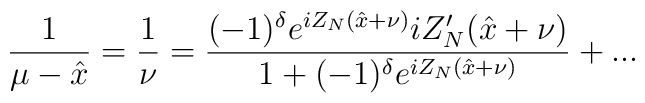
\displaystyle\frac{1}{\mu -\hat{x}}=\displaystyle\frac{1}{\nu }=\displaystyle\frac{(-1)^{\delta }e^{iZ_{N}(\hat{x}+\nu )}iZ_{N}'(\hat{x}+\nu )}{1+(-1)^{\delta }e^{iZ_{N}(\hat{x}+\nu )}}+...